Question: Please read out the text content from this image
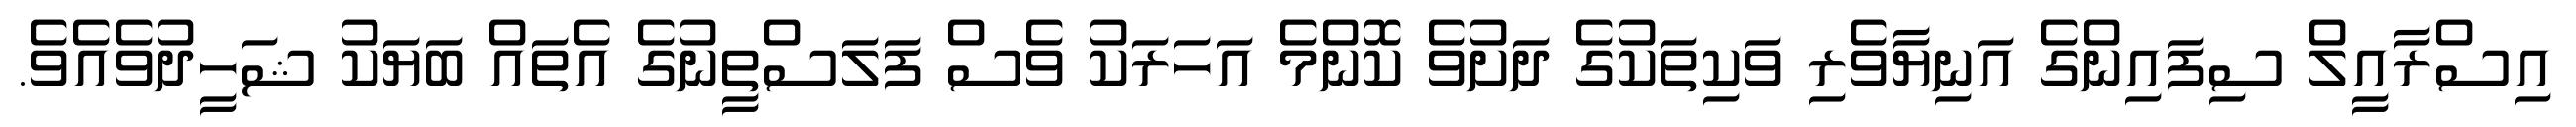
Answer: އިސްރާއީލް ސިފައިންގެ އަނިޔާވެރި ވަކިތަކުގެ ދަށުވެ ކޮންމެ އަހަރަކު ވެސް ފަލަސްތީނުގެ އެތައް ބަޔަކު ޝަހީދުވެއެވެ.